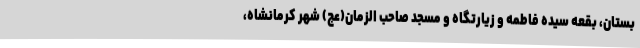
بستان، بقعه سیده فاطمه و زیارتگاه و مسجد صاحب الزمان(عج) شهر کرمانشاه،